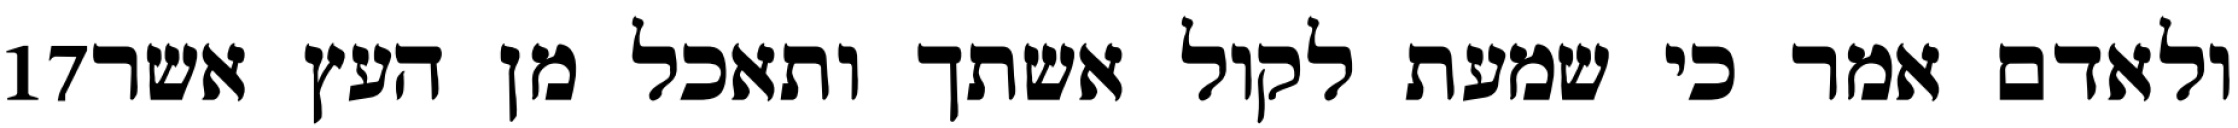
‎17‏ ולאדם אמר כי שמעת לקול אשתך ותאכל מן העץ אשר